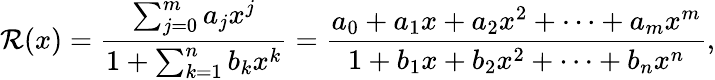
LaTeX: \mathcal{R}(x)={\frac{{\sum_{j=0}^{m}a_{j}x^{j}}}{{1+\sum_{k=1}^{n}b_{k}x^{k}}}}={\frac{{a_{0}+a_{1}x+a_{2}x^{2}+\dots+a_{m}x^{m}}}{{1+b_{1}x+b_{2}x^{2}+\dots+b_{n}x^{n}}}},